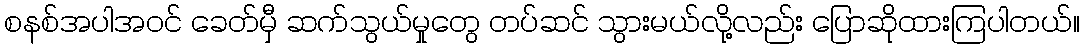
စနစ်အပါအဝင် ခေတ်မှီ ဆက်သွယ်မှုတွေ တပ်ဆင် သွားမယ်လို့လည်း ပြောဆိုထားကြပါတယ်။